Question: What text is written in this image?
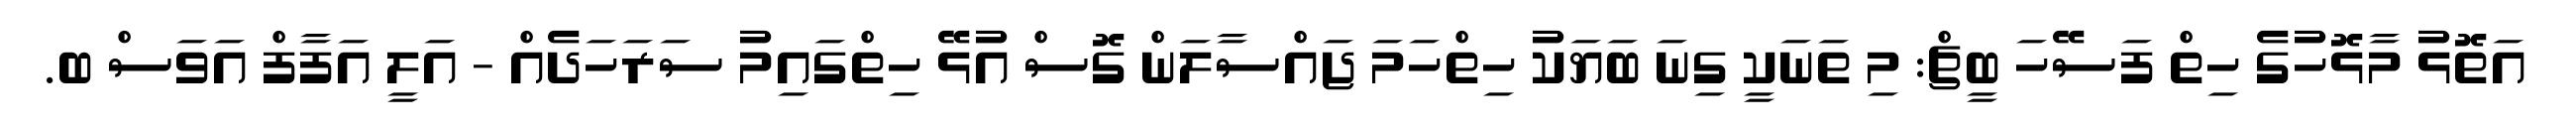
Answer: އަތޮޅު މާޅޮހުގެ ހިތް ފަސޭހަ ބީޗް: މި ތަނަކީ ގިނަ ބަޔަކު ހިތްހަމަ ޖައްސާލަން ގޮސް އުޅޭ ހިތްގައިމު ސަރަހަދެއް - އަލީ އަފާފް އަވަސް ބ.